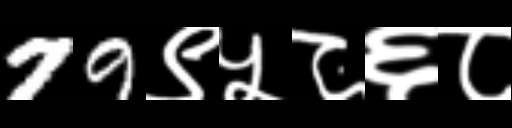
Text: 79९५८६८